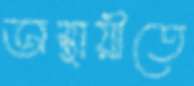
অস্থায়ীতে